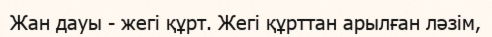
Жан дауы - жегі құрт. Жегі құрттан арылған ләзім,